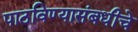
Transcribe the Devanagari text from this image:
पाठविण्यासंबधीचे